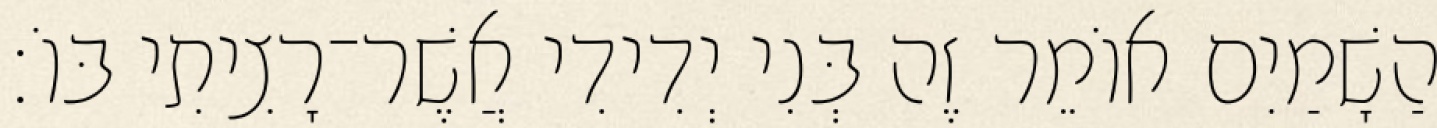
הַשָׁמַיִם אוֹמֵר זֶה בְּנִי יְדִידִי אֲשֶׁר־רָצִיתִי בּוֹ׃